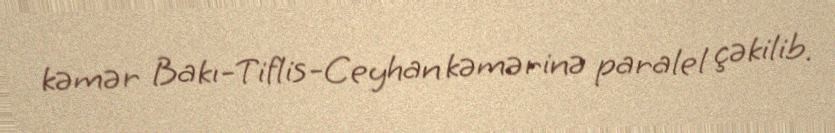
kəmər Bakı-Tiflis-Ceyhan kəmərinə paralel çəkilib.